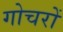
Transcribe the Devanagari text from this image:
गोचरों